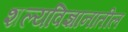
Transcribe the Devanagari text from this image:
शल्यविज्ञानातील